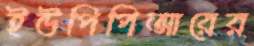
ইউপিপিআরের